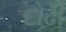
દોઢી